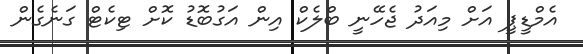
އެމްޑީޕީ އަށް މިއަދު ޖެހޭނީ ބްލެކް އިން އަގުބޮޑު ކޮށް ޓިކެޓް ގަނެގެން